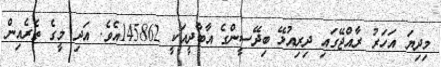
މިދިޔަ އަހަރު ރާއްޖޭގައި ދިރިއުޅޭ ބިދޭސީންގެ އާބާދީއަކީ 145862އެވެ. އަދި މީގެ ތެރެއިން